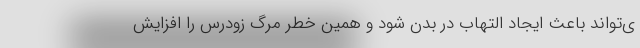
ی‌تواند باعث ایجاد التهاب در بدن شود و همین خطر مرگ زودرس را افزایش